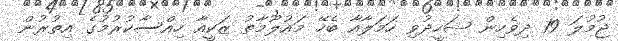
ޖުމުލަ 19 ދިވެހިން ޝަހީދުވި ހަމަލާއާ ބެހޭ މައުލޫމާތު ޒަކީއާ ހިއްސާކުރުމުގެ އިތުރުން